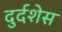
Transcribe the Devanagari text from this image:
दुर्दशेस